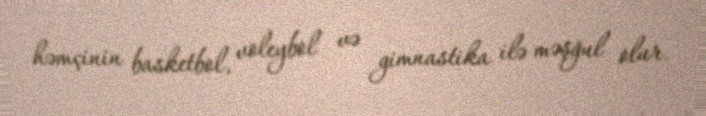
həmçinin basketbol, voleybol və gimnastika ilə məşğul olur.